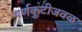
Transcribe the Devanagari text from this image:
पर्णकुटीजवळ